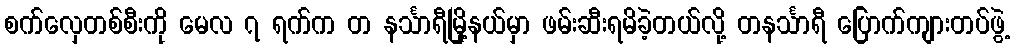
စက်လှေတစ်စီးကို မေလ ၇ ရက်က တ နင်္သာရီမြို့နယ်မှာ ဖမ်းဆီးရမိခဲ့တယ်လို့ တနင်္သာရီ ပြောက်ကျားတပ်ဖွဲ့